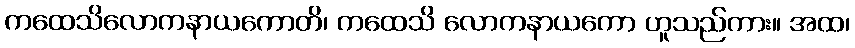
ကထေသိလောကနာယကောတိ၊ ကထေသိ လောကနာယကော ဟူသည်ကား။ အထ၊